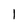
Character: 1